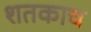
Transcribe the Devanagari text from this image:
शतकाच